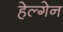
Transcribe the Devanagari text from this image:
हेल्गेन